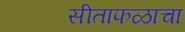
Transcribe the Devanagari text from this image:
सीताफळाचा